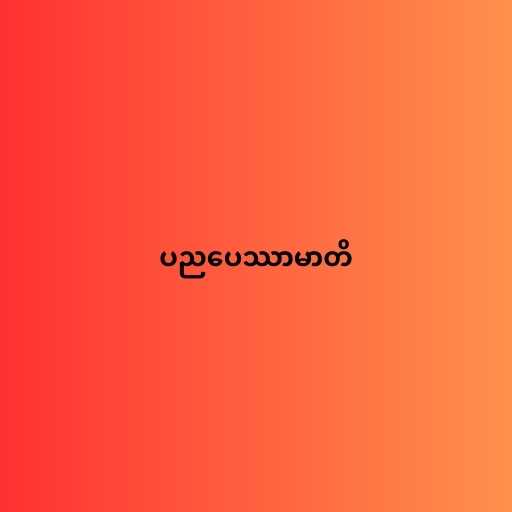
ပညပေဿာမာတိ